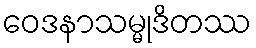
ဝေဒနာသမ္မုဒိတဿ